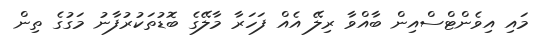
މައި އިވެންޓްސްއިން ބާއްވާ ރިލޭ އެއް ފަހަރާ މާލޭގެ ބޮޑުތަކުރުފާނު މަގުގެ ތިން